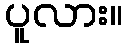
ပူလား။